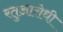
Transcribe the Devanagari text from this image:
रतुआरोधी